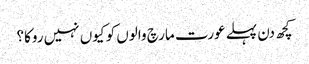
کچھ دن پہلے عورت مارچ والوں کو کیوں نہیں روکا؟